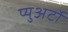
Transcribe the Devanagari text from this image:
प्युअर्टो